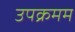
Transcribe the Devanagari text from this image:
उपक्रमम